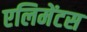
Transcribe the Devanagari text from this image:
एलिमेंटस